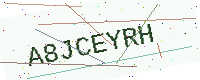
Text: A8JCEYRH